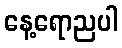
နေ့ရောညပါ